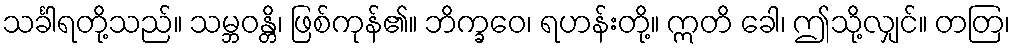
သင်္ခါရတို့သည်။ သမ္ဘဝန္တိ၊ ဖြစ်ကုန်၏။ ဘိက္ခဝေ၊ ရဟန်းတို့။ ဣတိ ခေါ၊ ဤသို့လျှင်။ တတြ၊